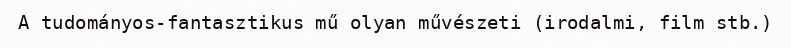
A tudományos-fantasztikus mű olyan művészeti (irodalmi, film stb.)